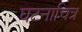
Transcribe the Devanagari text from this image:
घटनाचित्र